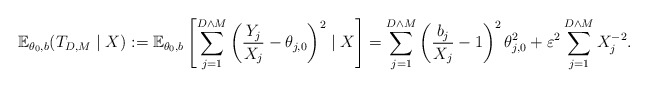
\begin{align*}\mathbb{E}_{\theta_0,b}(T_{D,M} \mid X):=\mathbb{E}_{\theta_0,b}\left[\sum_{j=1}^{D \wedge M}\left(\frac{Y_j}{X_j}-\theta_{j,0}\right)^2 \mid X \right]=\sum_{j=1}^{D \wedge M}\left(\frac{b_j}{X_j} -1\right)^2\theta^2_{j,0}+\varepsilon^2 \sum_{j=1}^{D \wedge M} X_j^{-2}.\end{align*}